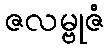
ဇလမ္ဗုဇံ